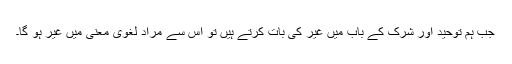
جب ہم توحید اور شرک کے باب میں غیر کی بات کرتے ہیں تو اس سے مراد لغوی معنی میں غیر ہو گا۔